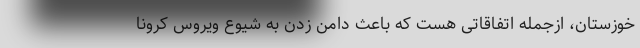
خوزستان، ازجمله اتفاقاتی هست که باعث دامن زدن به شیوع ویروس کرونا